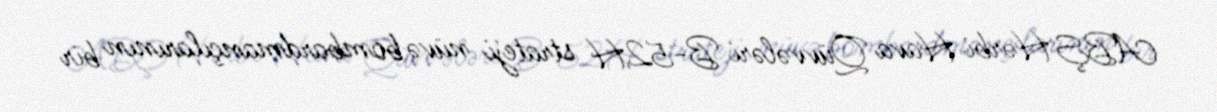
ABŞ Hərbi Hava Qüvvələri B-52H strateji nüvə bombardmançılarının bir